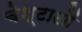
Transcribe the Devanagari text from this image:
चेश्टाओं